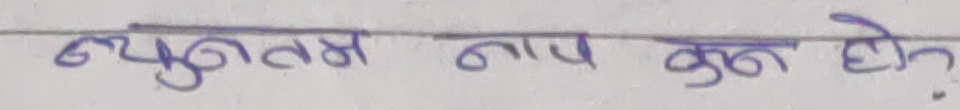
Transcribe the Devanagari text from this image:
न्यूनतम माप कुन हो